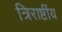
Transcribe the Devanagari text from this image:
त्रिराष्टींय